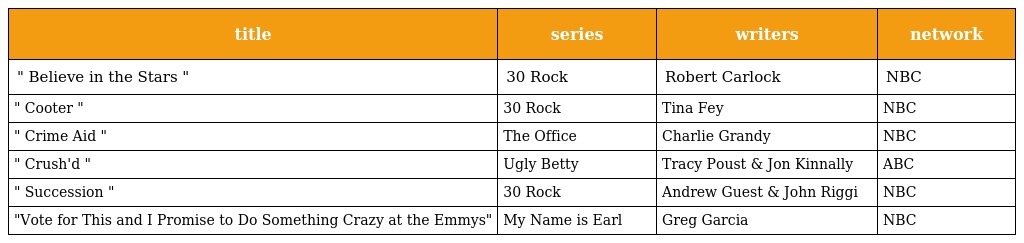
| title | series | writers | network |
 | --- | --- | --- | --- |
 | " Believe in the Stars " | 30 Rock | Robert Carlock | NBC |
 | " Cooter " | 30 Rock | Tina Fey | NBC |
 | " Crime Aid " | The Office | Charlie Grandy | NBC |
 | " Crush'd " | Ugly Betty | Tracy Poust & Jon Kinnally | ABC |
 | " Succession " | 30 Rock | Andrew Guest & John Riggi | NBC |
 | "Vote for This and I Promise to Do Something Crazy at the Emmys" | My Name is Earl | Greg Garcia | NBC |